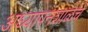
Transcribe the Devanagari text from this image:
अध्यापनशाळेचे